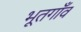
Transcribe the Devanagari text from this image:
भूतगाँव